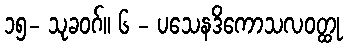
၁၅- သုခဝဂ်။ ၆ - ပသေနဒိကောသလဝတ္ထု